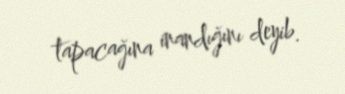
tapacağına inandığını deyib.